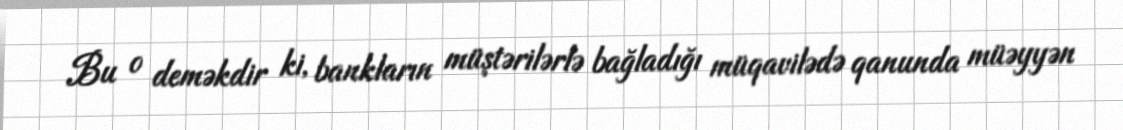
Bu o deməkdir ki, bankların müştərilərlə bağladığı müqavilədə qanunda müəyyən